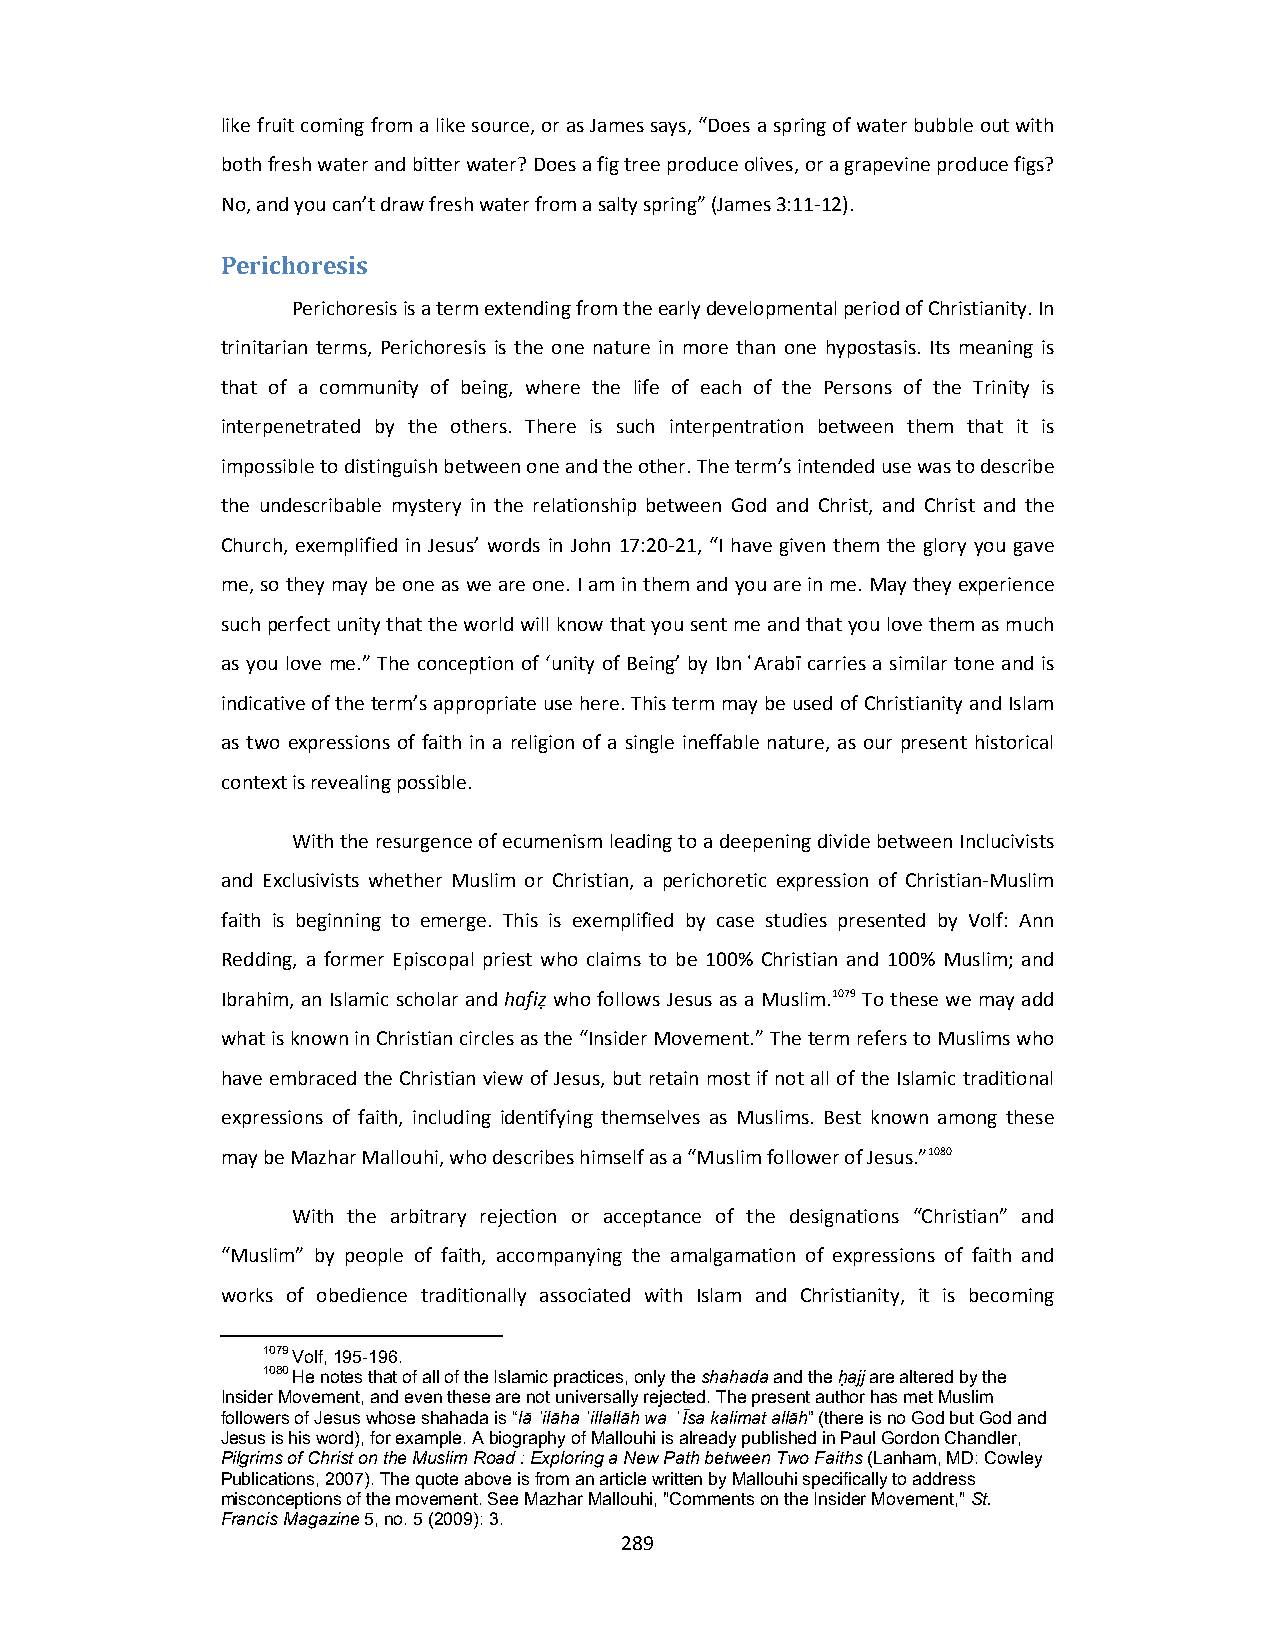
like fruit coming from a like source, or as James says, “Does a spring of water bubble out with
 both fresh water and bitter water? Does a fig tree produce olives, or a grapevine produce figs?
 No, and you can’t draw fresh water from a salty spring” (James 3:11‐12).
 Perichoresis
 Perichoresis is a term extending from the early developmental period of Christianity. In
 trinitarian terms, Perichoresis is the one nature in more than one hypostasis. Its meaning is
 that of a community of being, where the life of each of the Persons of the Trinity is
 interpenetrated by the others. There is such interpentration between them that it is
 impossible to distinguish between one and the other. The term’s intended use was to describe
 the undescribable mystery in the relationship between God and Christ, and Christ and the
 Church, exemplified in Jesus’ words in John 17:20‐21, “I have given them the glory you gave
 me, so they may be one as we are one. I am in them and you are in me. May they experience
 such perfect unity that the world will know that you sent me and that you love them as much
 as you love me.” The conception of ‘unity of Being’ by Ibn ͑Arabī carries a similar tone and is
 indicative of the term’s appropriate use here. This term may be used of Christianity and Islam
 as two expressions of faith in a religion of a single ineffable nature, as our present historical
 context is revealing possible.
 With the resurgence of ecumenism leading to a deepening divide between Inclucivists
 and Exclusivists whether Muslim or Christian, a perichoretic expression of Christian‐Muslim
 faith is beginning to emerge. This is exemplified by case studies presented by Volf: Ann
 Redding, a former Episcopal priest who claims to be 100% Christian and 100% Muslim; and
 Ibrahim, an Islamic scholar and hafiẓ who follows Jesus as a Muslim.1079 To these we may add
 what is known in Christian circles as the “Insider Movement.” The term refers to Muslims who
 have embraced the Christian view of Jesus, but retain most if not all of the Islamic traditional
 expressions of faith, including identifying themselves as Muslims. Best known among these
 may be Mazhar Mallouhi, who describes himself as a “Muslim follower of Jesus.”1080
 With the arbitrary rejection or acceptance of the designations “Christian” and
 “Muslim” by people of faith, accompanying the amalgamation of expressions of faith and
 works of obedience traditionally associated with Islam and Christianity, it is becoming
 1079 Volf, 195-196.
 1080 He notes that of all of the Islamic practices, only the shahada and the ḥajj are altered by the
 Insider Movement, and even these are not universally rejected. The present author has met Muslim
 followers of Jesus whose shahada is “lā ʾilāha ʾillallāh wa ͑ Īsa kalimat allāh” (there is no God but God and
 Jesus is his word), for example. A biography of Mallouhi is already published in Paul Gordon Chandler,
 Pilgrims of Christ on the Muslim Road : Exploring a New Path between Two Faiths (Lanham, MD: Cowley
 Publications, 2007). The quote above is from an article written by Mallouhi specifically to address
 misconceptions of the movement. See Mazhar Mallouhi, "Comments on the Insider Movement," St.
 Francis Magazine 5, no. 5 (2009): 3.
 289